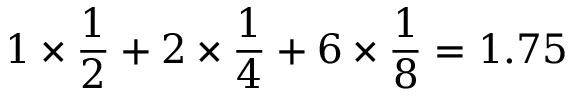
1 \times \frac { 1 } { 2 } + 2 \times \frac { 1 } { 4 } + 6 \times \frac { 1 } { 8 } = 1 . 7 5